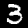
Label: 3